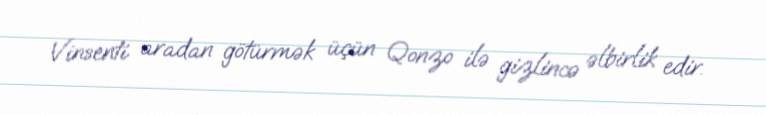
Vinsenti aradan götürmək üçün Qonzo ilə gizlincə əlbirlik edir.